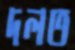
দলত